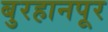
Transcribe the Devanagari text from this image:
बुरहानपूर